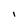
Character: I